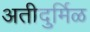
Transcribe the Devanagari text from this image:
अतीदुर्मिळ